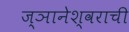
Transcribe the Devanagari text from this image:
ज्ञानेश्वराची